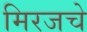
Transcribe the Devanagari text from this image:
मिरजचे